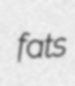
fats